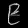
Digit: ၉